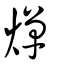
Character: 燀